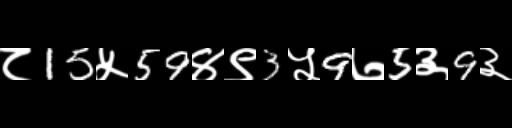
Text: ८15५59४९3५9७5३9३